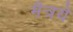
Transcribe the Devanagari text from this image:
मैत्रये